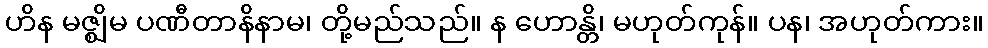
ဟိန မဇ္ဈိမ ပဏီတာနိနာမ၊ တို့မည်သည်။ န ဟောန္တိ၊ မဟုတ်ကုန်။ ပန၊ အဟုတ်ကား။